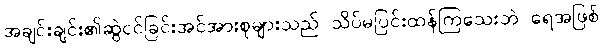
အချင်းချင်း၏ဆွဲငင်ခြင်းအင်အားစုများသည် သိပ်မပြင်းထန်ကြသေးဘဲ ရေအဖြစ်